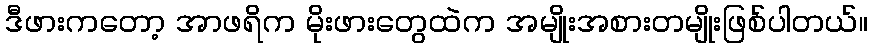
ဒီဖားကတော့ အာဖရိက မိုးဖားတွေထဲက အမျိုးအစားတမျိုးဖြစ်ပါတယ်။